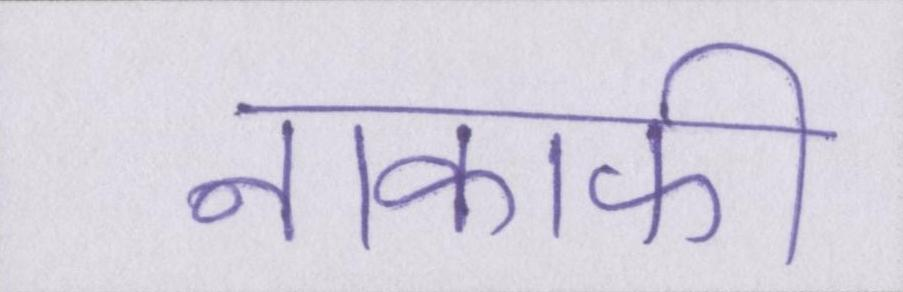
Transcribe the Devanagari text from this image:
नाकाफी